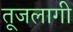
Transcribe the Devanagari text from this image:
तूजलागी